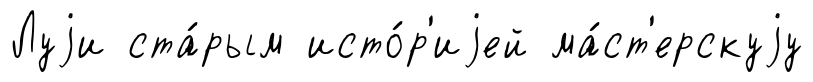
Луjи ста́рым исто́р'иjей ма́ст'ерскуjу